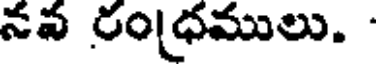
నవ రంధములు.